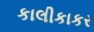
કાલીકાકર